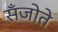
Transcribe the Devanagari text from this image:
सँजोते